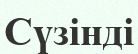
Сүзінді